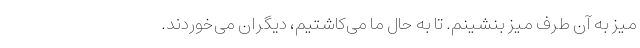
میز به آن طرف میز بنشینم. تا به حال ما می‌کاشتیم، دیگران می‌خوردند.